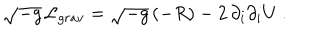
LaTeX: \sqrt { - g } \, { \cal L } _ { g r a v } = \sqrt { - g } \, ( - R ) - 2 \, \partial _ { i } \partial _ { i } U \ .